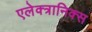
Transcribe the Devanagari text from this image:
एलेक्त्रानिक्स